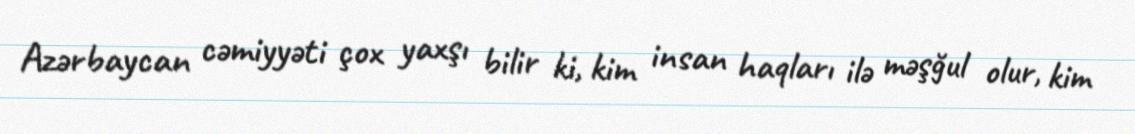
Azərbaycan cəmiyyəti çox yaxşı bilir ki, kim insan haqları ilə məşğul olur, kim